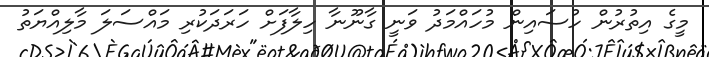
މީގެ އިތުރުން ހުސައިން މުހައްމަދު ވަނީ ގާނޫނާ ހިލާފަށް ހަރަދަކުރި މައްސަލަ މާލިއްޔަތު